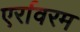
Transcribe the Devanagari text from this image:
एर्रावरम